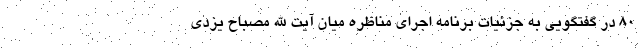
80 در گفتگویی به جزئیات برنامه اجرای مناظره میان آیت الله مصباح یزدی